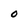
Character: O